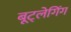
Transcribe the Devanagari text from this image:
बूट्लेगिंग